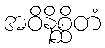
အဝိနိစ္ဆိတံ